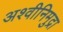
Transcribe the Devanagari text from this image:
अश्वीनिमुद्रा